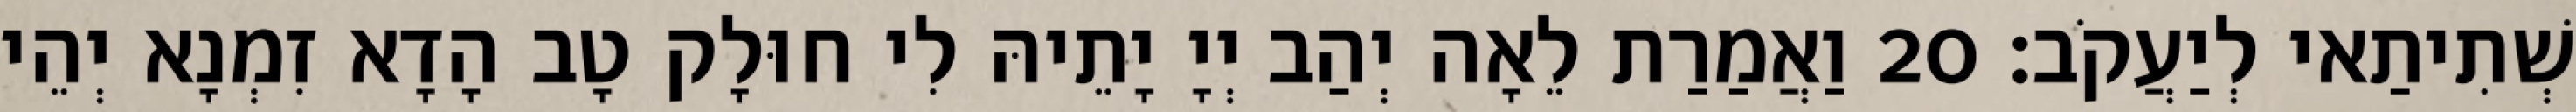
שְׁתִיתַאי לְיַעֲקֹב׃ 20 וַאֲמַרַת לֵאָה יְהַב יְיָ יָתֵיהּ לִי חוּלָק טָב הָדָא זִמְנָא יְהֵי